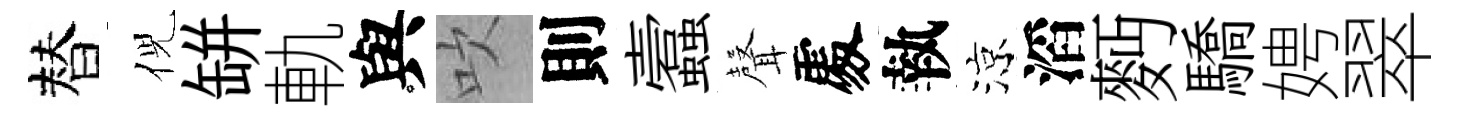
替倪缾軌與吹則蠧𮋻𠁅執涼滔麪驕娉翠